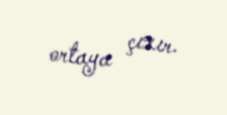
ortaya çıxır.